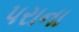
પરાના